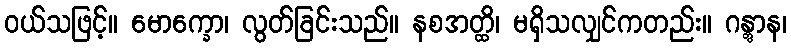
ဝယ်သဖြင့်။ မောက္ခော၊ လွတ်ခြင်းသည်။ နစအတ္ထိ၊ မရှိသလျှင်ကတည်း။ ဂန္တွာန၊